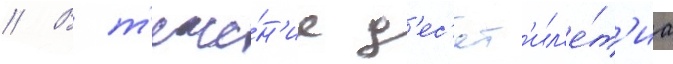
// В т'ече́н'ие д'ес'ят'ил'е́т'иа